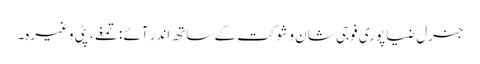
جنرل ضیا پوری فوجی شا ن و شوکت کے ساتھ اندر آئے : تمغے، پٹی وغیرہ۔